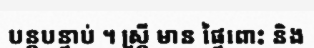
បន្តបន្ទាប់ ។ ស្ត្រី មាន ផ្ទៃពោះ និង